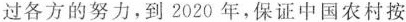
过各方的努力，到2020年，保证中国农村按